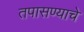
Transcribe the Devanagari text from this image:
तपासण्याचे